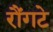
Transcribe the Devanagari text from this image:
रौंगटे